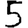
Digit: 5